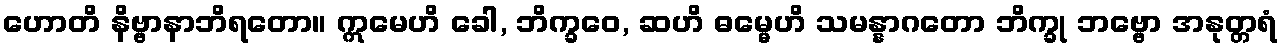
ဟောတိ နိဗ္ဗာနာဘိရတော။ ဣမေဟိ ခေါ, ဘိက္ခဝေ, ဆဟိ ဓမ္မေဟိ သမန္နာဂတော ဘိက္ခု ဘဗ္ဗော အနုတ္တရံ